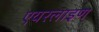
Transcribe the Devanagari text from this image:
एयरलाइण